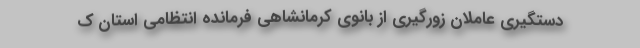
دستگیری عاملان زورگیری از بانوی کرمانشاهی فرمانده انتظامی استان ک